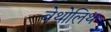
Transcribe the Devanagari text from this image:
बेथोलिथ